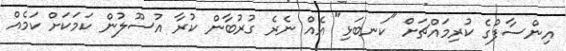
އިންސާފުގެ ކުރިމައްޗަށް "ކަނބަޅި" އެއް ނެރެ ގުރުބާން ކުރާ އުސޫލުން ކަމަކަށް ކަމެއް